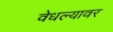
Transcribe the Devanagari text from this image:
वेधल्यावर